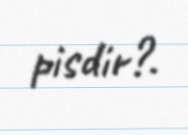
pisdir?.